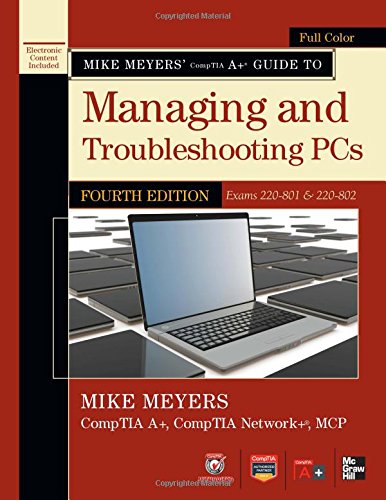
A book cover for Mike Meyers' CompTIA A+ Guide to Managing and Troubleshooting PCs, 4th Edition (Exams 220-801 & 220-802); Mike Meyers; Computers & Technology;